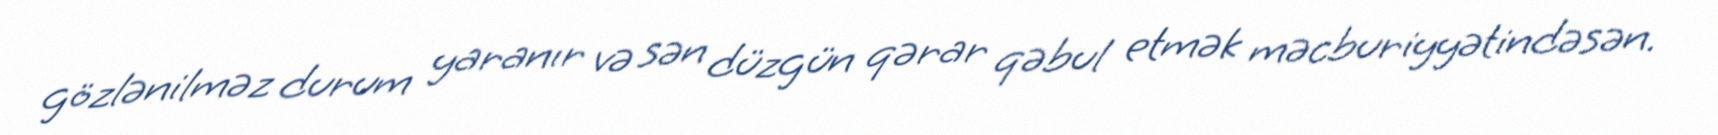
gözlənilməz durum yaranır və sən düzgün qərar qəbul etmək məcburiyyətindəsən.